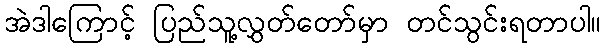
အဲဒါကြောင့် ပြည်သူ့လွှတ်တော်မှာ တင်သွင်းရတာပါ။